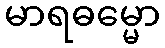
မာရဓမ္မော